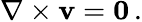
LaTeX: \nabla\times\mathbf{v}=\mathbf{0}\, .